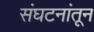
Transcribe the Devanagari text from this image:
संघटनांतून